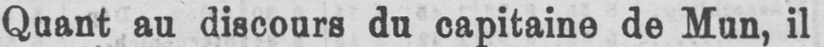
Quant au discours du capitaine de Mun, il